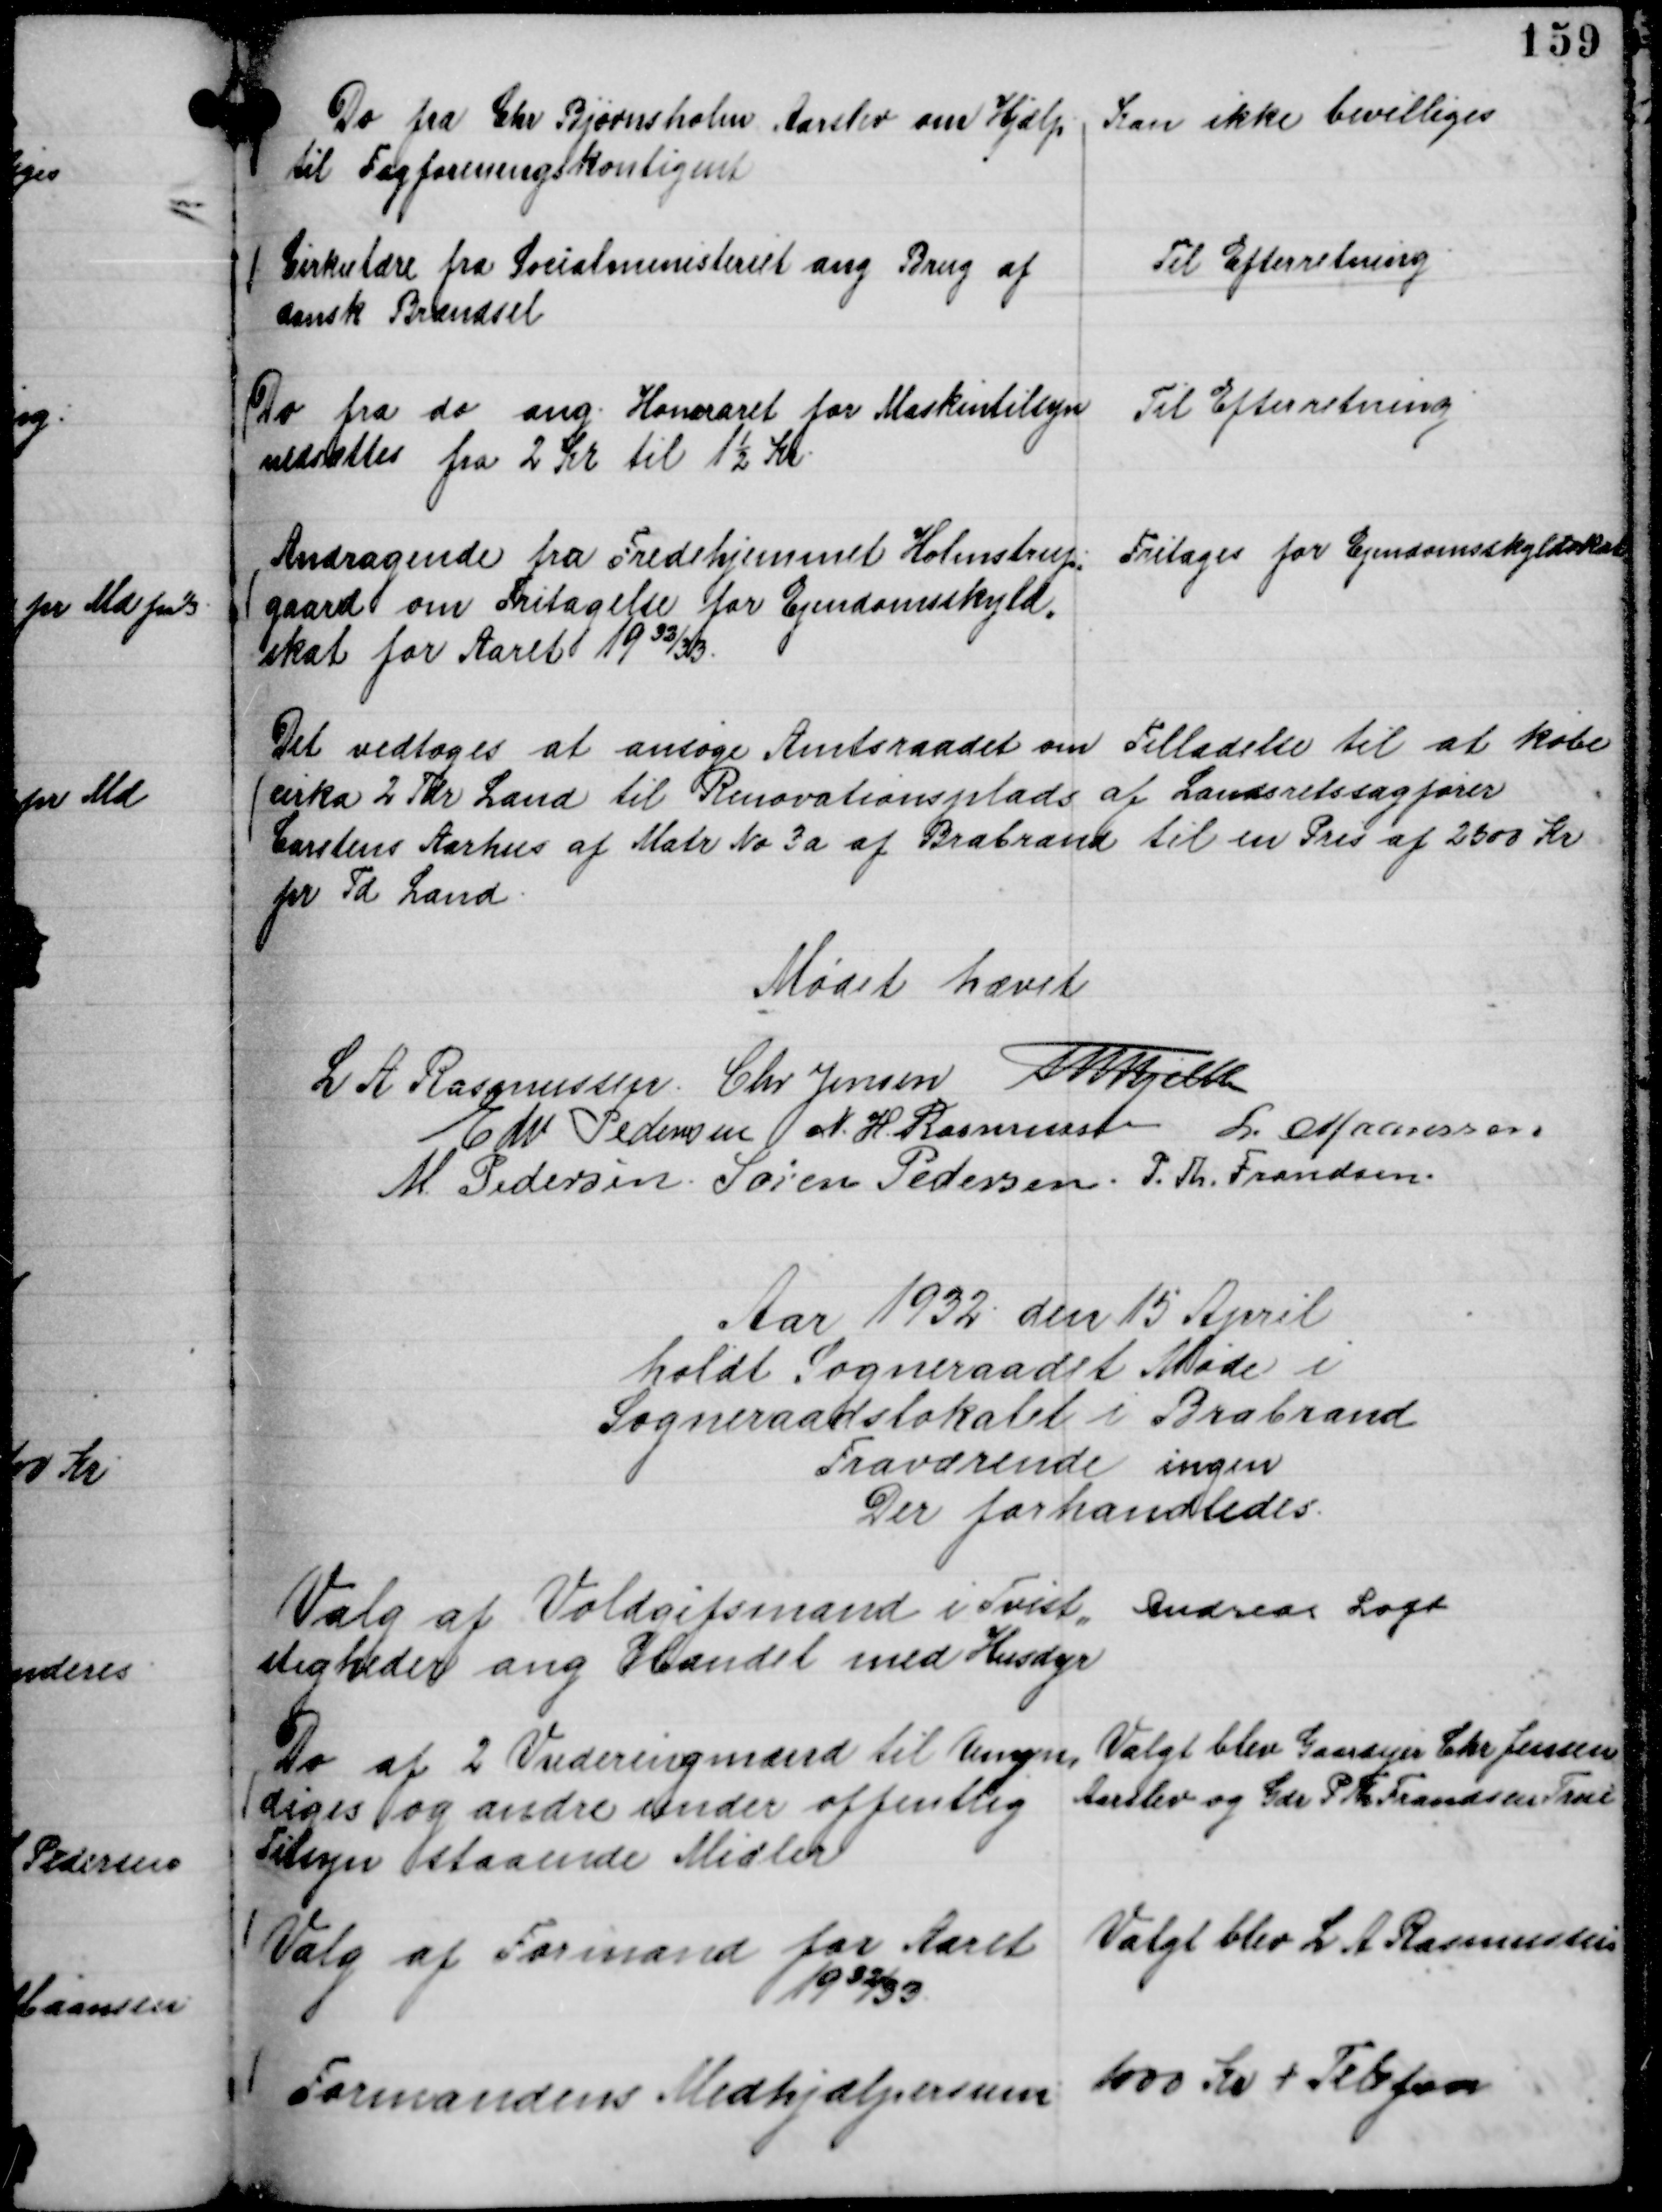
Transskription:
Do fra Chr Bjørnsholm Aarslev om Hjælp
til Fagforeningskontigent

Kan ikke bevilliges

Cirkulære fra Socialministeriet ang Brug af
dansk Brændsel

Til Efterretning

Do fra do ang. Honoraret for Maskintilsyn
nedsættes fra 2 Kr til 1½ Kr.

Til Efterretning

Andragende fra Fredehjemmet Holmstrup-
gaard om Fritagelse for Ejendomsskyld,,
skat for Aaret 1932/33

Fritages for Ejendomsskyldskat

Det vedtoges at ansøge Amtsraadet om Tilladelse til at købe
cirka 2 Tdr Land til Renovationsplads af Landsretssagfører
Carstens Aarhus af Matr No 3 a af Brabrand til en Pris af 2500 Kr
pr Td Land.

Mødet hævet
L A Rasmussen.
Chr Jensen
Th Bjelke
Edv Pedersen
N. H. Rasmussen
L. Maansson
M. Pedersen.
Søren Pedersen.
P. Th. Frandsen.

Aar 1932 den 15 April
holdt Sogneraadet Møde i
Sogneraadslokalet i Brabrand
Fraværende ingen
Der forhandledes.

Valg af Voldgiftsmand i Tvist,,
stigheder ang Handel med Husdyr

Andreas Loft

Do af 2 Vurderingsmænd til Umyn,
diges og andre under offentlig
Tilsyn staaende Midler

Valgt blev Gaardejer Chr Jensen
Aarslev og Gdr P Th Frandsen True

Valg af Formand for Aaret
1932/33.

Valgt blev L A Rasmussen

Formandens Medhjælpersum

1000 Kr + Telefon